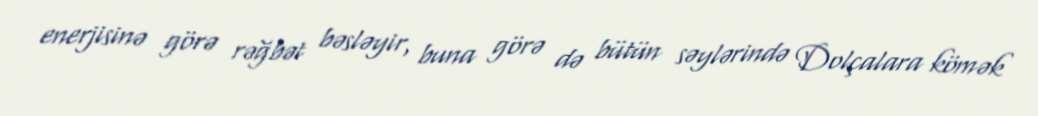
enerjisinə görə rəğbət bəsləyir, buna görə də bütün səylərində Dolçalara kömək